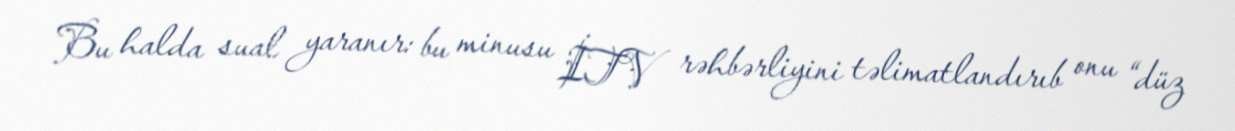
Bu halda sual yaranır: bu minusu İTV rəhbərliyini təlimatlandırıb onu “düz